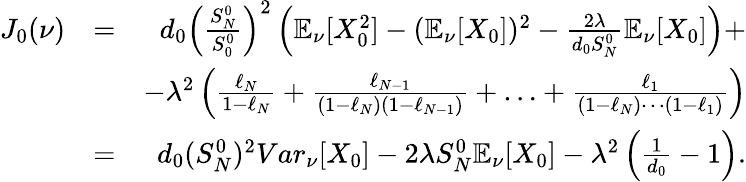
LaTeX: \begin{array}{rlr}{J_{0}(\nu)}&{=}&{d_{0}\Big(\frac{S_{N}^{0}}{S_{0}^{0}}\Big)^{2}\left(\mathbb{E}_{\nu}[X_{0}^{2}]-(\mathbb{E}_{\nu}[X_{0}])^{2}-\frac{2\lambda}{d_{0}S_{N}^{0}}\mathbb{E}_{\nu}[X_{0}]\right)+}\\ &{}&{-\lambda^{2}\left(\frac{\ell_{N}}{1-\ell_{N}}+\frac{\ell_{N-1}}{(1-\ell_{N})(1-\ell_{N-1})}+\ldots+\frac{\ell_{1}}{(1-\ell_{N})\cdots(1-\ell_{1})}\right)}\\ &{=}&{d_{0}(S_{N}^{0})^{2}Var_{\nu}[X_{0}]-2\lambda S_{N}^{0}\mathbb{E}_{\nu}[X_{0}]-\lambda^{2}\left(\frac 1{d_{0}}-1\right).}\end{array}